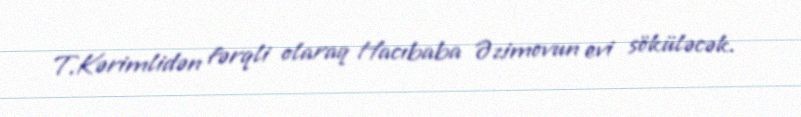
T.Kərimlidən fərqli olaraq Hacıbaba Əzimovun evi söküləcək.